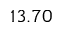
1 3 . 7 0